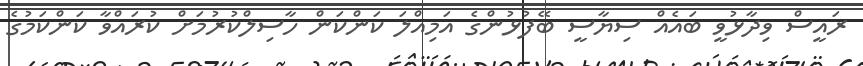
ރައީސް ވިދާޅުވީ ބައެއް ސިޔާސީ ބޭފުޅުންގެ އަމިއްލަ ކަންކަން ހާސިލްކުރުމަށް ކުރައްވާ ކަންކަމުގެ